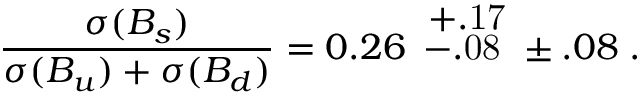
\frac { \sigma ( B _ { s } ) } { \sigma ( B _ { u } ) + \sigma ( B _ { d } ) } = 0 . 2 6 \mathrm { ~ \scriptsize { \stackrel { \textstyle ~ + . 1 7 } { - . 0 8 } } ~ } \pm . 0 8 \; .